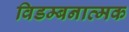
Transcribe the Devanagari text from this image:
विडम्बनात्मक